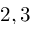
2 , 3